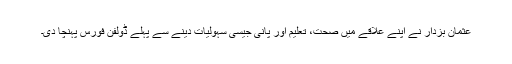
عثمان بزدار نے اپنے علاقے میں صحت، تعلیم اور پانی جیسی سہولیات دینے سے پہلے ڈولفن فورس پہنچا دی۔